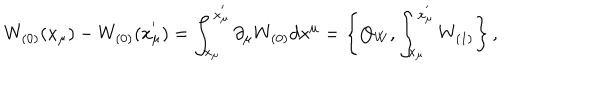
W _ { ( 0 ) } ( x _ { \mu } ) - W _ { ( 0 ) } ( x _ { \mu } ^ { ' } ) = \int _ { x _ { \mu } } ^ { x _ { \mu } ^ { ' } } \partial _ { \mu } W _ { ( 0 ) } d x ^ { \mu } = \left\{ Q _ { W } , \int _ { x _ { \mu } } ^ { x _ { \mu } ^ { ' } } W _ { ( 1 ) } \right\} ,